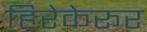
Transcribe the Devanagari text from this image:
हिरेकेरूर